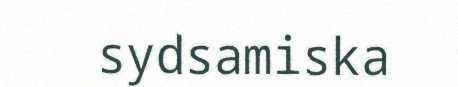
sydsamiska